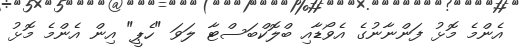
އެންމެ މޮޅު ފަންނާނުގެ އެވޯޑާއި ބްލޮކްބަސްޓާ ލަވަ "ހެޕީ" އިން އެންމެ މޮޅު